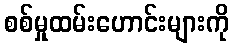
စစ်မှုထမ်းဟောင်းများကို